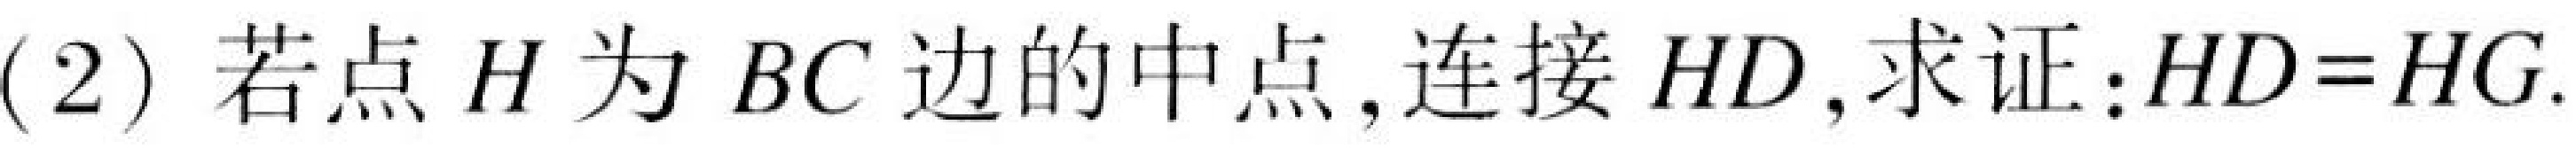
(2) 若点\(H\)为\(BC\)边的中点,连接\(HD\),求证:\(HD = HG\).